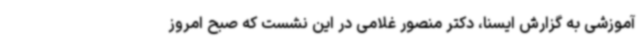
آموزشی به گزارش ایسنا، دکتر منصور غلامی در این نشست که صبح امروز